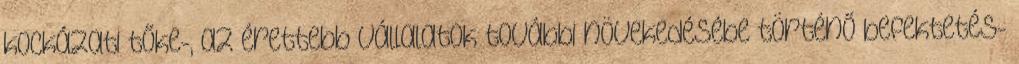
kockázati tőke-, az érettebb vállalatok további növekedésébe történő befektetés-